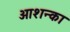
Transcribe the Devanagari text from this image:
आशन्का